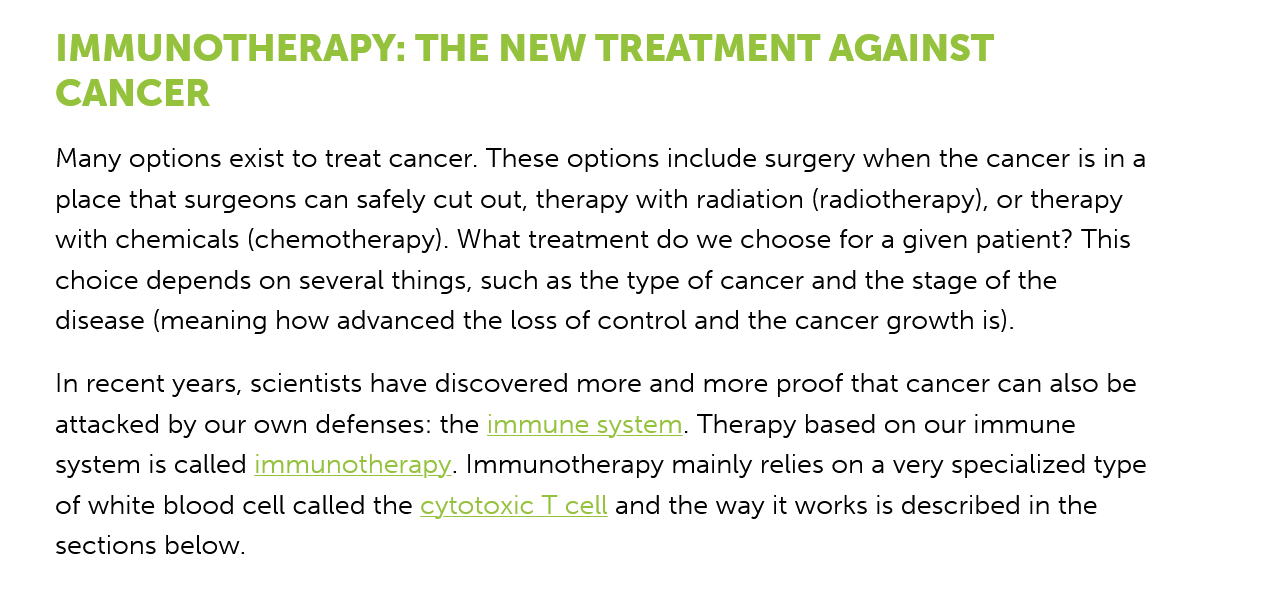
IMMUNOTHERAPY:    THE    NEW   TREATMENT    AGAINST
     CANCER
     Many options exist to treat cancer. These options include surgery when the cancer is ina
     place that surgeons can safely cut out, therapy with radiation (radiotherapy), or therapy
     with chemicals (chemotherapy). What treatment do we choose for a given patient? This
     choice depends on several things, such as the type of cancer and the stage of the
     disease (meaning how advanced the loss of control and the cancer growth is).
     In recent years, scientists have discovered more and more proof that cancer can also be
     attacked by our own defenses: the immune system. Therapy based on our immune
     system is called immunotherapy. Immunotherapy mainly relies on a very specialized type
     of white blood cell called the cytotoxic T cell and the way it works is described in the
     sections below.